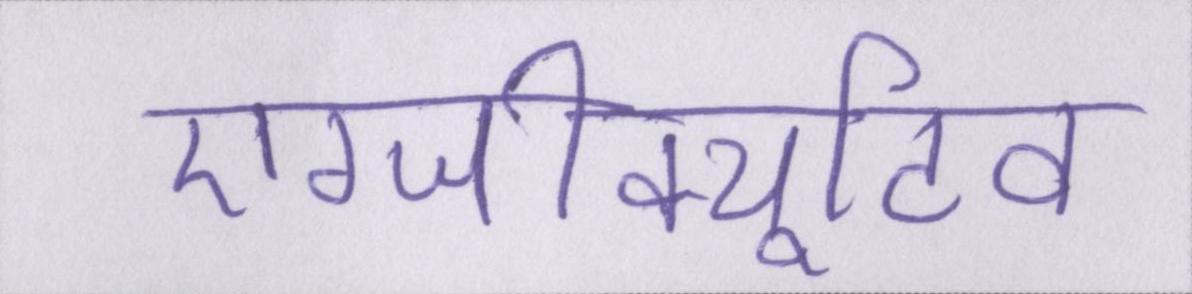
एग्जीक्यूटिव